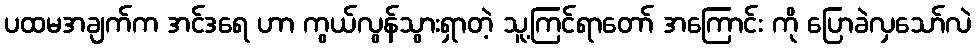
ပထမအချက်က အင်ဒရေ ဟာ ကွယ်လွန်သွားရှာတဲ့ သူ့ကြင်ရာတော် အကြောင်း ကို ပြောခဲလှသော်လဲ